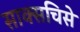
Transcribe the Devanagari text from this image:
साक्सचिसे